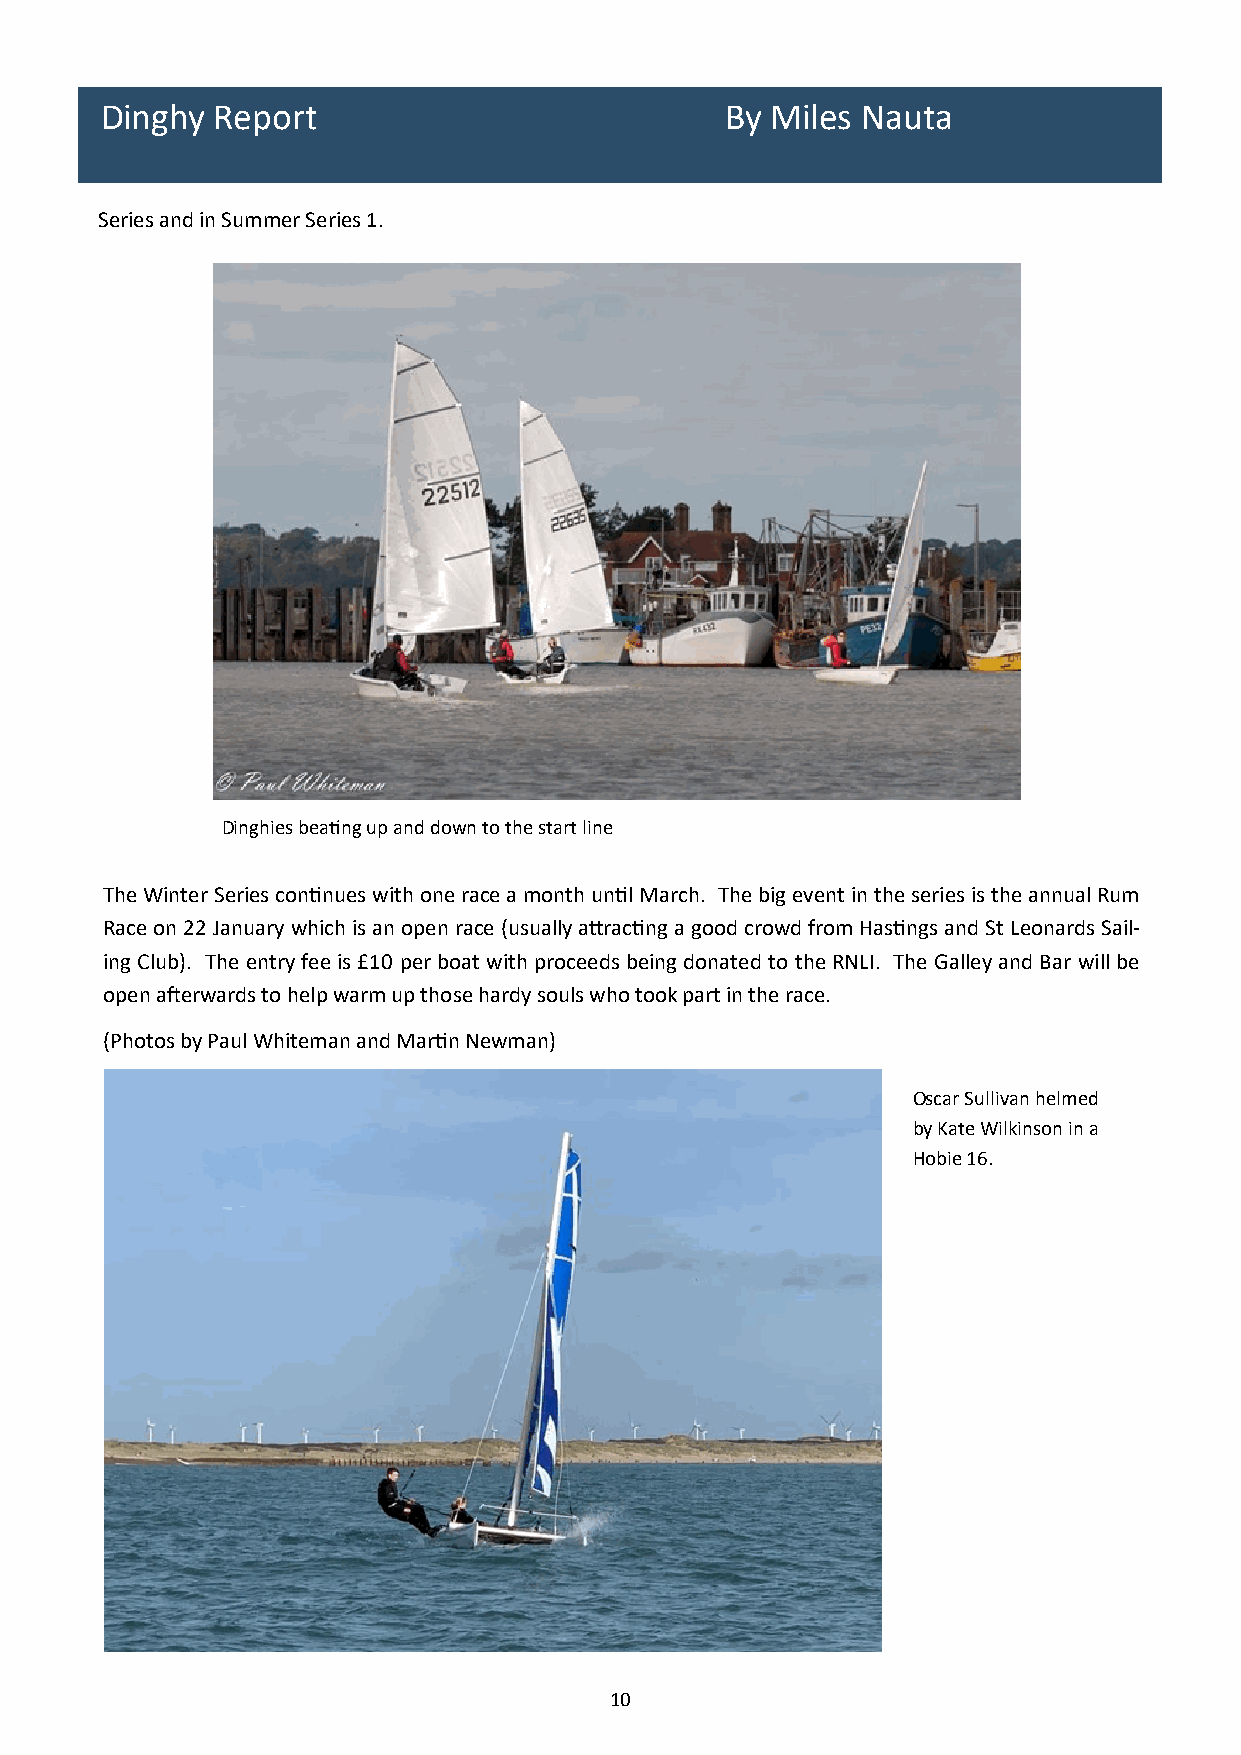
Dinghy Report                            By Miles Nauta
 Series and in Summer Series 1.
 Dinghies beating up and down to the start line
 The Winter Series continues with one race a month until March. The big event in the series is the annual Rum
 Race on 22 January which is an open race (usually attracting a good crowd from Hastings and St Leonards Sail-
 ing Club). The entry fee is £10 per boat with proceeds being donated to the RNLI. The Galley and Bar will be
 open afterwards to help warm up those hardy souls who took part in the race.
 (Photos by Paul Whiteman and Martin Newman)
 Oscar Sullivan helmed
 by Kate Wilkinson in a
 Hobie 16.
 10